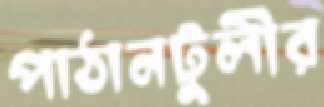
পাঠানটুলীর